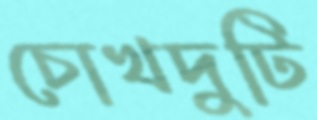
চোখদুটি